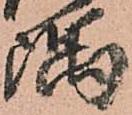
隅